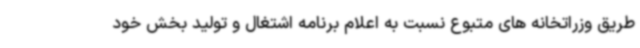
طریق وزراتخانه های متبوع نسبت به اعلام برنامه اشتغال و تولید بخش خود